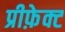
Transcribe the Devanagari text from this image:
प्रीफ़ेक्ट